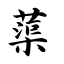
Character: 蕖